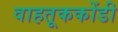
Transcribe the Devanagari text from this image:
वाहतूककोंडी